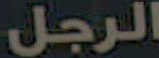
الرجل